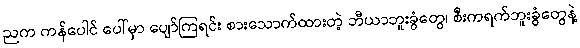
ညက ကန်ပေါင် ပေါ်မှာ ပျော်ကြရင်း စားသောက်ထားတဲ့ ဘီယာဘူးခွံတွေ၊ စီးကရက်ဘူးခွံတွေနဲ့